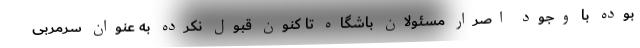
بوده با وجود اصرار مسئولان باشگاه تا کنون قبول نکرده به عنوان سرمربی